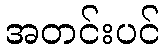
အတင်းပင်